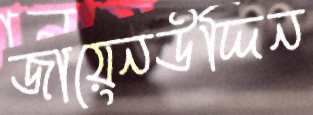
জায়েনউদ্দিন